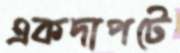
একদাপটে